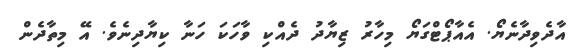
އާދެވިދާނެޔޯ. އެއާޕޯޓްގަޔޯ މިހާރު ޒިޔާދު ދެއްކި ވާހަކަ ހަނާ ކިޔާދިނެވެ. އޭ މިތާދެން